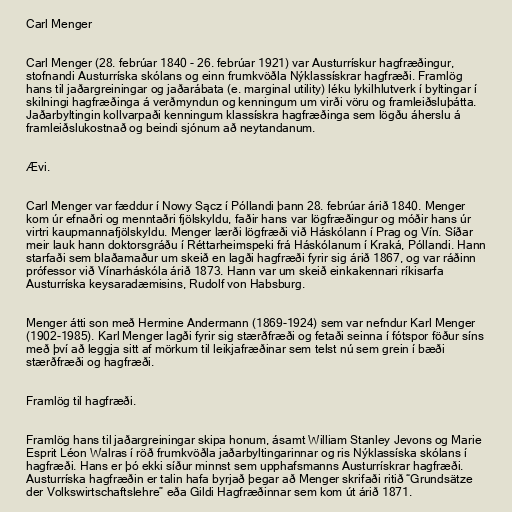
Carl Menger

Carl Menger (28. febrúar 1840 - 26. febrúar 1921) var Austurrískur hagfræðingur,
stofnandi Austurríska skólans og einn frumkvöðla Nýklassískrar hagfræði. Framlög
hans til jaðargreiningar og jaðarábata (e. marginal utility) léku lykilhlutverk í byltingar í
skilningi hagfræðinga á verðmyndun og kenningum um virði vöru og framleiðsluþátta.
Jaðarbyltingin kollvarpaði kenningum klassískra hagfræðinga sem lögðu áherslu á
framleiðslukostnað og beindi sjónum að neytandanum.

Ævi.

Carl Menger var fæddur í Nowy Sącz í Póllandi þann 28. febrúar árið 1840. Menger
kom úr efnaðri og menntaðri fjölskyldu, faðir hans var lögfræðingur og móðir hans úr
virtri kaupmannafjölskyldu. Menger lærði lögfræði við Háskólann í Prag og Vín. Síðar
meir lauk hann doktorsgráðu í Réttarheimspeki frá Háskólanum í Kraká, Póllandi. Hann
starfaði sem blaðamaður um skeið en lagði hagfræði fyrir sig árið 1867, og var ráðinn
prófessor við Vínarháskóla árið 1873. Hann var um skeið einkakennari ríkisarfa
Austurríska keysaradæmisins, Rudolf von Habsburg.

Menger átti son með Hermine Andermann (1869-1924) sem var nefndur Karl Menger
(1902-1985). Karl Menger lagði fyrir sig stærðfræði og fetaði seinna í fótspor föður síns
með því að leggja sitt af mörkum til leikjafræðinar sem telst nú sem grein í bæði
stærðfræði og hagfræði.

Framlög til hagfræði.

Framlög hans til jaðargreiningar skipa honum, ásamt William Stanley Jevons og Marie
Esprit Léon Walras í röð frumkvöðla jaðarbyltingarinnar og ris Nýklassíska skólans í
hagfræði. Hans er þó ekki síður minnst sem upphafsmanns Austurrískrar hagfræði.
Austurríska hagfræðin er talin hafa byrjað þegar að Menger skrifaði ritið “Grundsätze
der Volkswirtschaftslehre” eða Gildi Hagfræðinnar sem kom út árið 1871.